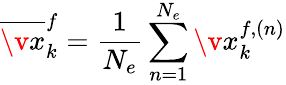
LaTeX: \overline{{\v x}}_{k}^{f}=\frac{1}{N_{e}}\sum_{n=1}^{N_{e}}\v x_{k}^{f,(n)}